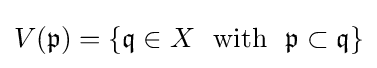
V({\mathfrak {p}})=\{{\mathfrak {q}}\in X\ \ {\text{with}}\ \ {\mathfrak {p}}\subset {\mathfrak {q}}\}